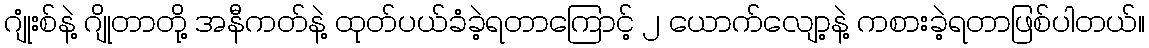
ဂျုံးစ်နဲ့ ဂျိုတာတို့ အနီကတ်နဲ့ ထုတ်ပယ်ခံခဲ့ရတာကြောင့် ၂ ယောက်လျော့နဲ့ ကစားခဲ့ရတာဖြစ်ပါတယ်။